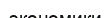
экономики